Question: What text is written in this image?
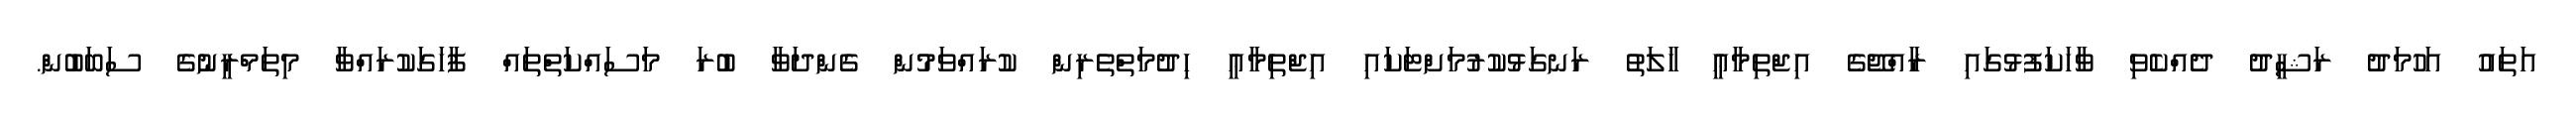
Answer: އަތައު އަހުމަދު ރަޝީދު ދެއްކެވި ވާހަކަފުޅުގައި ރާއްޖޭގެ އިޖްތިމާޢީ ހާލަތު ރަނގަޅުކުރުމަށްޓަކައި އިޖްތިމާޢީ ހިދުމަތްތެރިން ކުރައްވަމުން ގެންދަވާ ބުރަ މަސައްކަތްތައް ފާހަގަކުރައްވާ މިތަމްރީނުގެ ސަބަބުން.